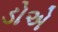
ડોએ